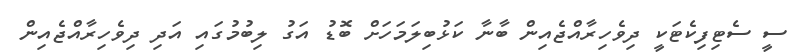
ސީ ސެޓިފިކެޓަކީ ދިވެހިރާއްޖެއިން ބާނާ ކަޅުބިލަމަހަށް ބޮޑު އަގު ލިބުމުގައި އަދި ދިވެހިރާއްޖެއިން